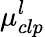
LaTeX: \mu_{clp}^{l}